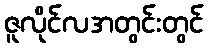
ဇူလိုင်လအတွင်းတွင်